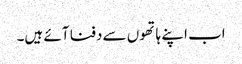
اب اپنے ہاتھوں سے دفنا آئے ہیں۔